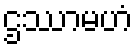
ဌဿာမဟံ